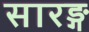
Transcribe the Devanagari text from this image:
सारङ्ग